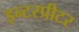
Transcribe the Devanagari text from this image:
इन्टरप्रीटर